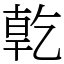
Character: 亁